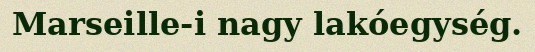
Marseille-i nagy lakóegység.